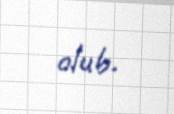
olub.